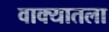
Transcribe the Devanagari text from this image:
वाक्यातला